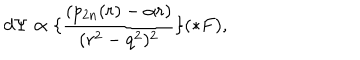
d \Psi \propto \lbrace \frac { ( p _ { 2 n } ( r ) - \alpha r ) } { ( r ^ { 2 } - q ^ { 2 } ) ^ { 2 } } \rbrace ( \ast F ) ,